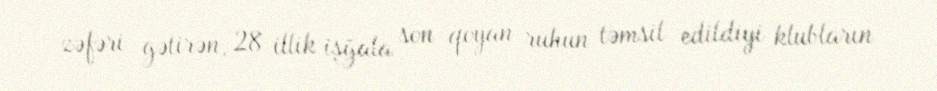
zəfəri gətirən, 28 illik işğala son qoyan ruhun təmsil edildiyi klubların